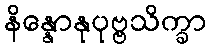
နိန္နောနုပုဗ္ဗသိက္ခာ